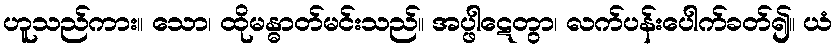
ဟူသည်ကား။ သော၊ ထိုမန္ဓာတ်မင်းသည်။ အပ္ဖါဋေတွာ၊ လက်ပန်းပေါက်ခတ်၍။ ယံ